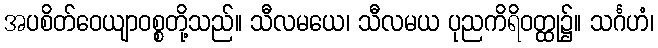
အပစိတ်ဝေယျာဝစ္စတို့သည်။ သီလမယေ၊ သီလမယ ပုညကိရိဝတ္ထု၌။ သင်္ဂဟံ၊